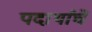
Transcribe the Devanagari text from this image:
पदार्थांचें